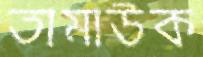
তামাউক